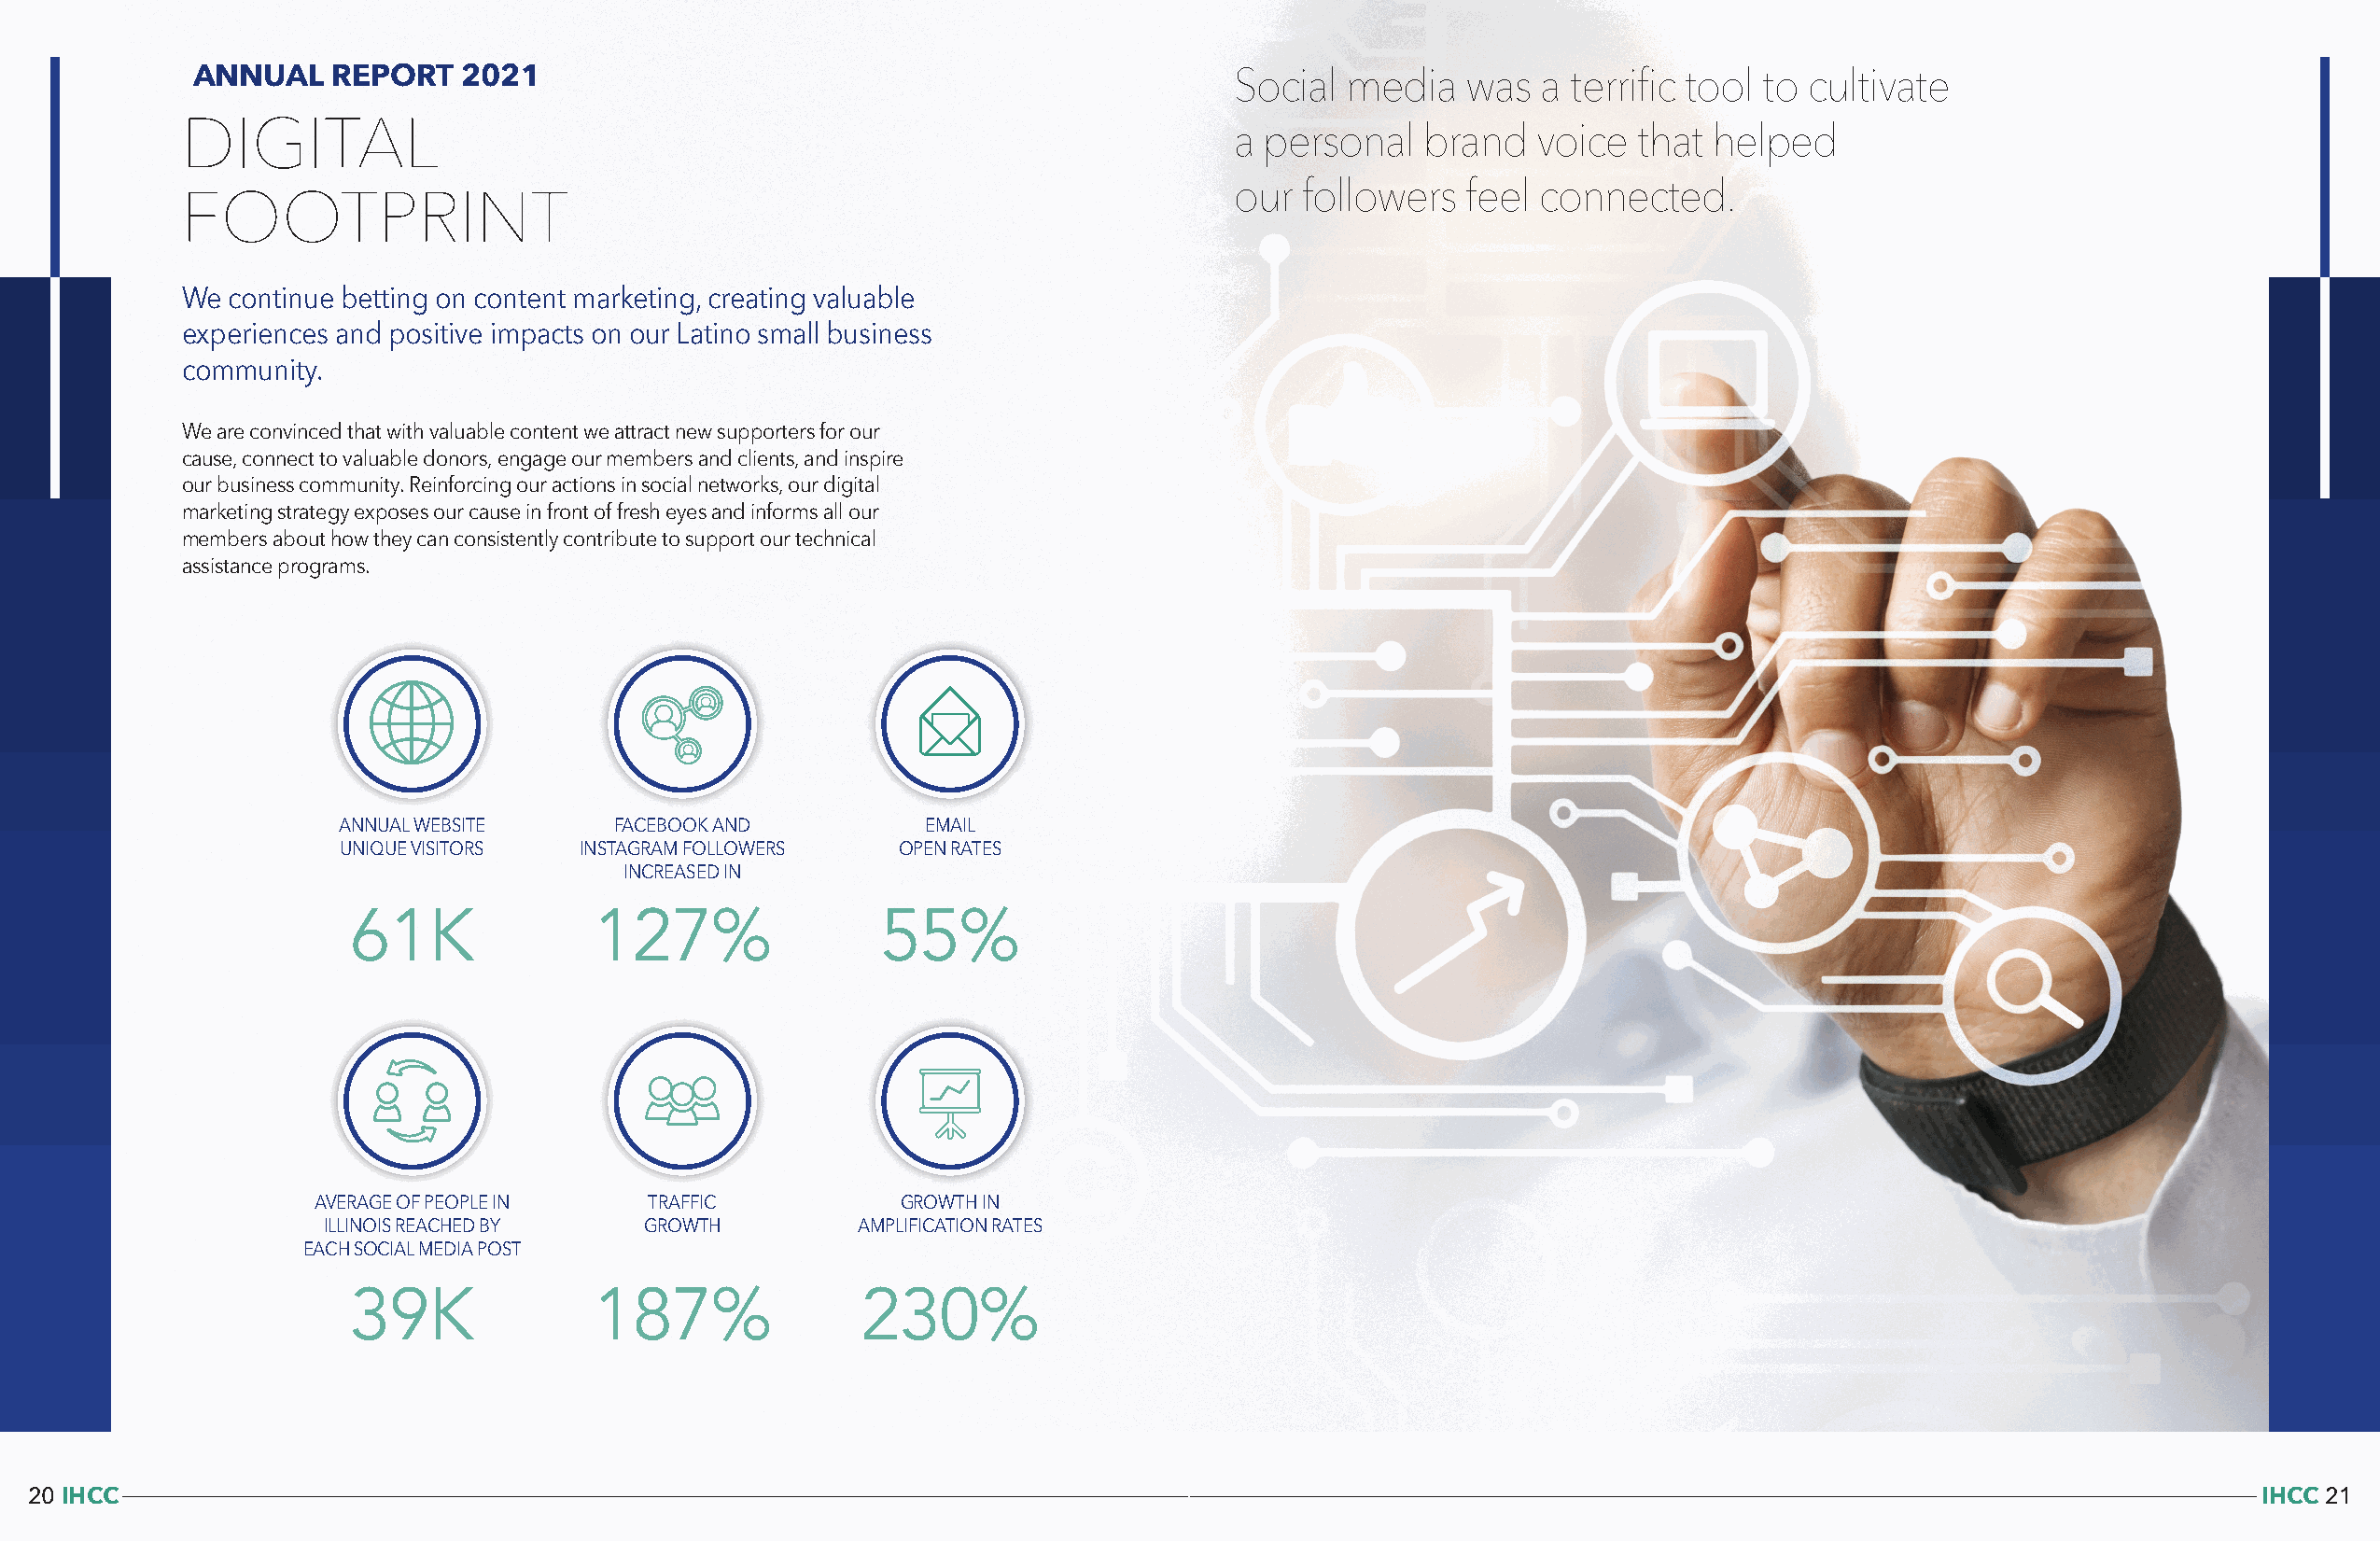
ANNUAL    REPORT   2021                                                   Social  media   was  a terrific tool to cultivate
 DIGITAL                                                                    a personal   brand   voice  that  helped
 our followers   feel connected.
 FOOTPRINT
 We continue betting on content marketing, creating valuable
 experiences and positive impacts on our Latino small business
 community.
 We are convinced that with valuable content we attract new supporters for our
 cause, connect to valuable donors, engage our members and clients, and inspire
 our business community. Reinforcing our actions in social networks, our digital
 marketing strategy exposes our cause in front of fresh eyes and informs all our
 members about how they can consistently contribute to support our technical
 assistance programs.
 ANNUAL WEBSITE      FACEBOOK AND          EMAIL
 UNIQUE VISITORS  INSTAGRAM FOLLOWERS    OPEN RATES
 INCREASED IN
 61K              127%                55%
 AVERAGE OF PEOPLE IN    TRAFFIC           GROWTH IN
 ILLINOIS REACHED BY    GROWTH         AMPLIFICATION RATES
 EACH SOCIAL MEDIA POST
 39K              187%               230%
 20 IHCC                                                                                                                                                       IHCC 21